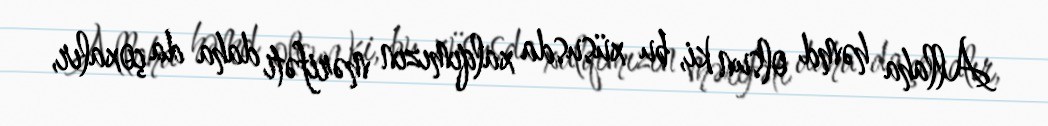
Allaha həmd olsun ki, bu xüsusda xalqımızın mərifəti daha da çoxalır,